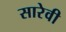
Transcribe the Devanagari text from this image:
सारेवी